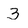
Character: 3